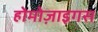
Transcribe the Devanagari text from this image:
होमोज़ाइगस